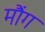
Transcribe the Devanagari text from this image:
मौंग